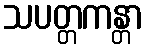
သပတ္တကန္တာ